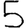
Digit: 5